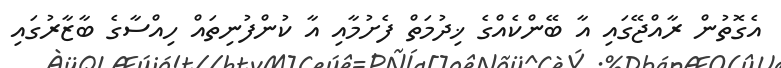
އެގޮތުން ރާއްޖޭގައި އާ ބޭންކެއްގެ ޚިދުމަތް ފެށުމާއި އާ ކުންފުނިތައް ހިއްސާގެ ބާޒާރުގައި